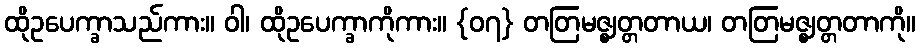
ထိုဥပေက္ခာသည်ကား။ ဝါ၊ ထိုဥပေက္ခာကိုကား။ {၀၇} တတြမဇ္ဈတ္တတာယ၊ တတြမဇ္ဈတ္တတာကို။